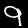
Digit: 9